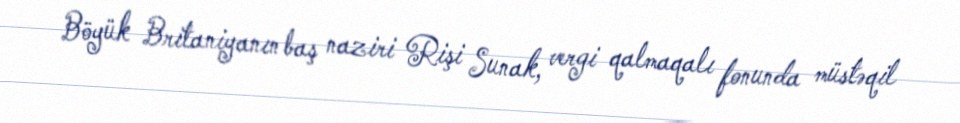
Böyük Britaniyanın baş naziri Rişi Sunak, vergi qalmaqalı fonunda müstəqil